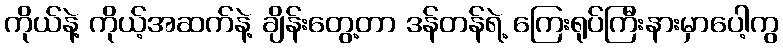
ကိုယ်နဲ့ ကိုယ့်အဆက်နဲ့ ချိန်းတွေ့တာ ဒန်တန်ရဲ့ ကြေးရုပ်ကြီးနားမှာပေါ့ကွ